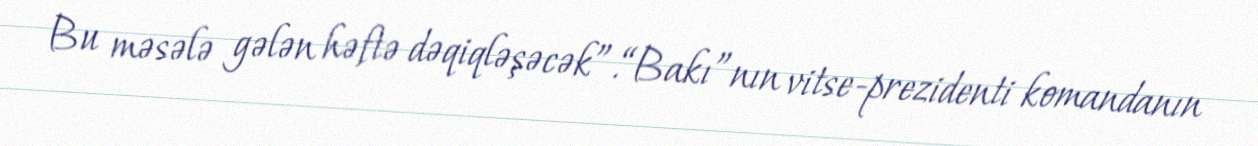
Bu məsələ gələn həftə dəqiqləşəcək”.“Bakı”nın vitse-prezidenti komandanın